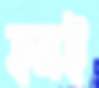
হনই